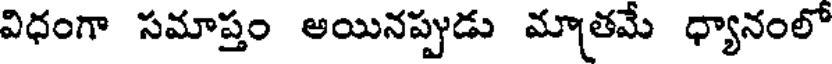
విధంగా సమాప్తం ఆయినప్పుడు మ్యాతమే ధ్యానంలో